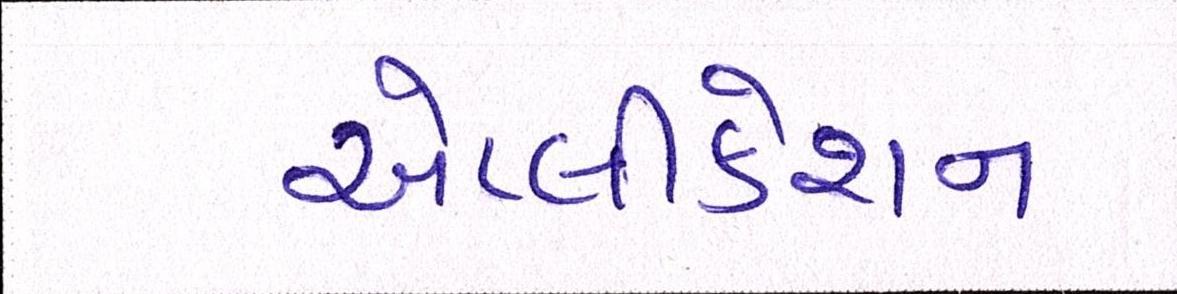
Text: એપ્લીકેશન